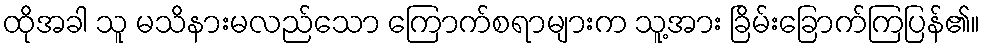
ထိုအခါ သူ မသိနားမလည်သော ကြောက်စရာများက သူ့အား ခြိမ်းခြောက်ကြပြန်၏။